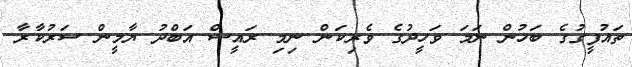
ތައުފީގުގެ ބަހުން ނަމަ ވަހީދުގެ ވެރިކަން ނިމި ރައީސް އަބްދު ޔާމީން ސަރުކާރާ